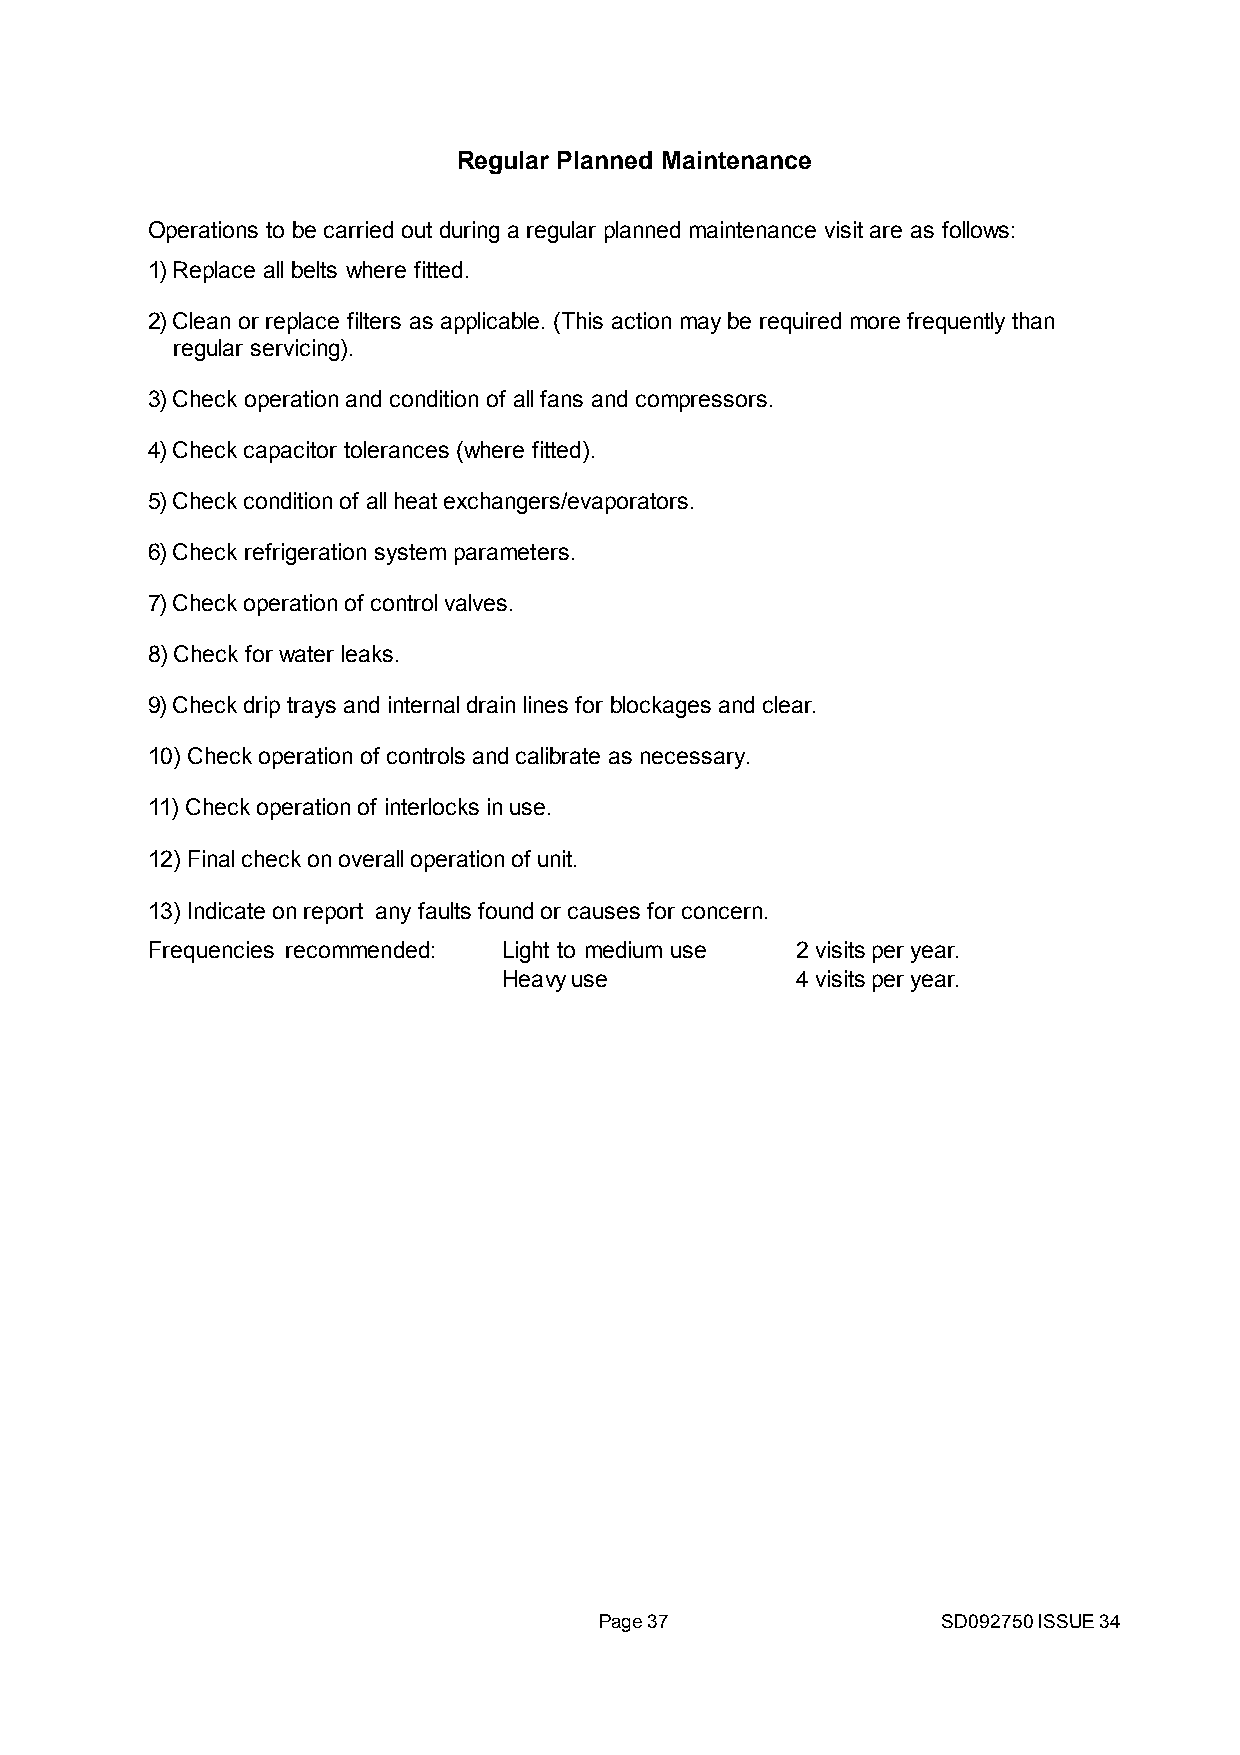
Regular Planned Maintenance
 Operations to be carried out during a regular planned maintenance visit are as follows:
 1)Replace all belts where fitted.
 General Information
 Plant Name Serial Number 2)Clean or replace filters as applicable. (This action may be required more frequently than
 Location of Plant regular servicing).
 Plant Operator1
 Operator Contact2 3)Check operation and condition of all fans and compressors.
 Refrigerant Type Refrigerant Quantity installed (kg)
 Plant manufacturer Calorex Heat Pumps Limited Year of installation 4)Check capacitor tolerances (where fitted).
 Refrigerant Additions
 5)Check condition of all heat exchangers/evaporators.
 Engineer3
 Date Amount Added kg Reason for addition
 Company Name 6)Check refrigeration system parameters.
 7)Check operation of control valves.
 8)Check for water leaks.
 Refrigerant Removals
 9)Check drip trays and internal drain lines for blockages and clear.
 Reason for removal What done with recovered
 Date Engineer Amount Removed kg 10) Check operation of controls and calibrate as necessary.
 refrigerant
 Company Name
 11) Check operation of interlocks in use.
 12) Final check on overall operation of unit.
 Leak Tests 13) Indicate on report any faults found or causes for concern.
 Engineer  Frequencies recommended: Light to medium use 2 visits per year.
 Date Test Result Follow up action required
 Company Name                     Heavy use           4 visits per year.
 Follow up Actions
 Engineer
 Date Related to test on Actions taken
 Company Name
 Testing of Automatic Leak Detection System (if fitted)
 Engineer
 Date Test Result Comments
 Company Name
 1 Name and address of company operating plant.
 2 Contact details for operator's nominated person responsible for F Gas compliance.
 3 Company and technician carrying out work, with details to provide evidence of compliance.
 Page 37               SD092750 ISSUE 34